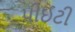
પીઈટી